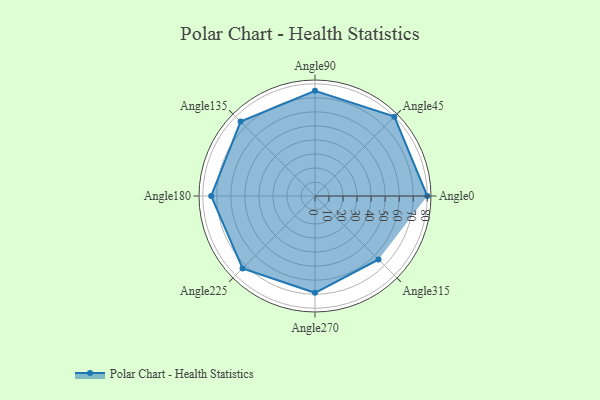
{"axis": {"x": "Angle", "y": "Radius"}, "legend": [""], "data": [{"x": "Angle0", "y": 80.0, "type": ""}, {"x": "Angle45", "y": 80.0, "type": ""}, {"x": "Angle90", "y": 75.0, "type": ""}, {"x": "Angle135", "y": 75.0, "type": ""}, {"x": "Angle180", "y": 74.0, "type": ""}, {"x": "Angle225", "y": 73.0, "type": ""}, {"x": "Angle270", "y": 69.0, "type": ""}, {"x": "Angle315", "y": 64.0, "type": ""}]}